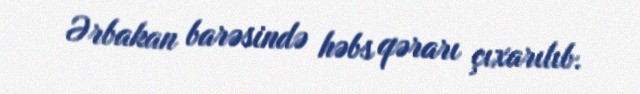
Ərbakan barəsində həbs qərarı çıxarılıb.